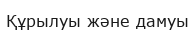
Құрылуы және дамуы